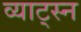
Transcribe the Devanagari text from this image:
व्याट्स्न